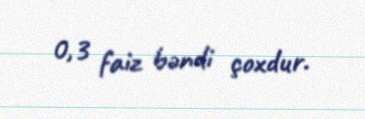
0,3 faiz bəndi çoxdur.